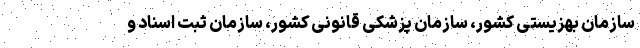
سازمان بهزیستی کشور، سازمان پزشکی قانونی کشور، سازمان ثبت اسناد و